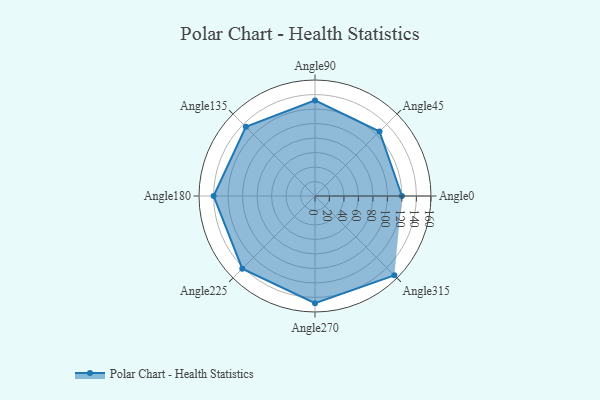
{"axis": {"x": "Angle", "y": "Radius"}, "legend": [""], "data": [{"x": "Angle0", "y": 120.0, "type": ""}, {"x": "Angle45", "y": 126.0, "type": ""}, {"x": "Angle90", "y": 132.0, "type": ""}, {"x": "Angle135", "y": 135.0, "type": ""}, {"x": "Angle180", "y": 140.0, "type": ""}, {"x": "Angle225", "y": 142.0, "type": ""}, {"x": "Angle270", "y": 148.0, "type": ""}, {"x": "Angle315", "y": 155.0, "type": ""}]}